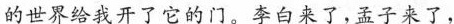
的世界给我开了它的门。李白来了,孟子来了，